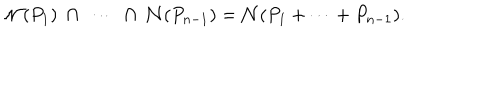
LaTeX: { \cal N } ( P _ { 1 } ) \ \cap \ \cdots \ \cap \ { \cal N } ( P _ { n - 1 } ) = { \cal N } ( P _ { 1 } + \cdots + P _ { n - 1 } ) .